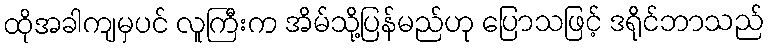
ထိုအခါကျမှပင် လူကြီးက အိမ်သို့ပြန်မည်ဟု ပြောသဖြင့် ဒရိုင်ဘာသည်